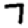
Digit: 7